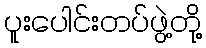
ပူးပေါင်းတပ်ဖွဲ့တို့